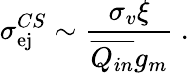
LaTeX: \sigma_{\mathrm{ej}}^{CS}\sim\frac{\sigma_{v}\xi}{\overline{{Q_{in}}}g_{m}}~.